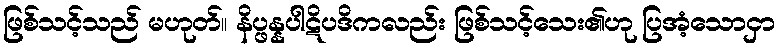
ဖြစ်သင့်သည် မဟုတ်။ နိပ္ဖန္နပါဋိပဒိကလည်း ဖြစ်သင့်သေး၏ဟု ပြအံ့သောငှာ